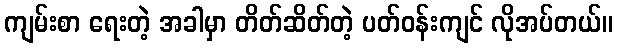
ကျမ်းစာ ရေးတဲ့ အခါမှာ တိတ်ဆိတ်တဲ့ ပတ်ဝန်းကျင် လိုအပ်တယ်။